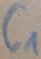
Text: C1